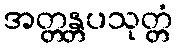
အတ္တန္တပသုတ္တံ